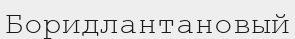
Боридлантановый